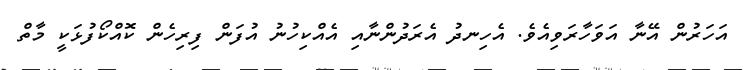
އަހަރުން އޭނާ އަވަހާރަވިއެވެ. އެހިނދު އެރަދުންނާއި އެއްކިހުނު އުފަން ފިރިހެން ކޮއްކޯފުޅަކީ މާތް